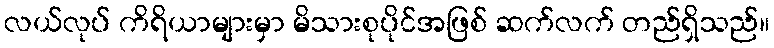
လယ်လုပ် ကိရိယာများမှာ မိသားစုပိုင်အဖြစ် ဆက်လက် တည်ရှိသည်။